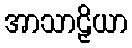
အာသာဠှိယာ